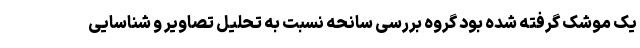
یک موشک گرفته شده بود گروه بررسی سانحه نسبت به تحلیل تصاویر و شناسایی